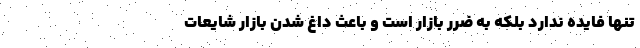
تنها فایده ندارد بلکه به ضرر بازار است و باعث داغ شدن بازار شایعات